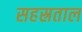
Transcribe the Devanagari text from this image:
सहस्रताल